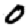
Digit: 0